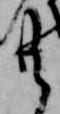
共